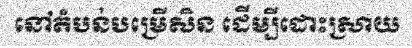
នៅតំបន់បម្រើសិន ដើម្បីដោះស្រាយ